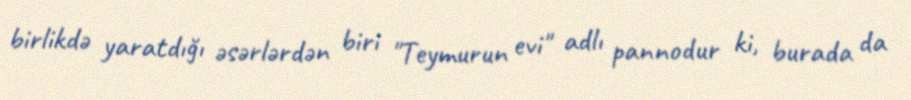
birlikdə yaratdığı əsərlərdən biri "Teymurun evi" adlı pannodur ki, burada da